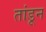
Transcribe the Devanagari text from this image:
तांडून